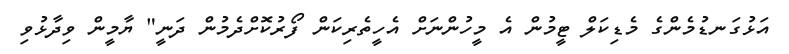
އަޅުގަނޑުމެންގެ މެޑިކަލް ޓީމުން އެ މީހުންނަށް އެހީތެރިކަން ފޯރުކޮށްދެމުން ދަނީ" ޔާމީން ވިދާޅުވި